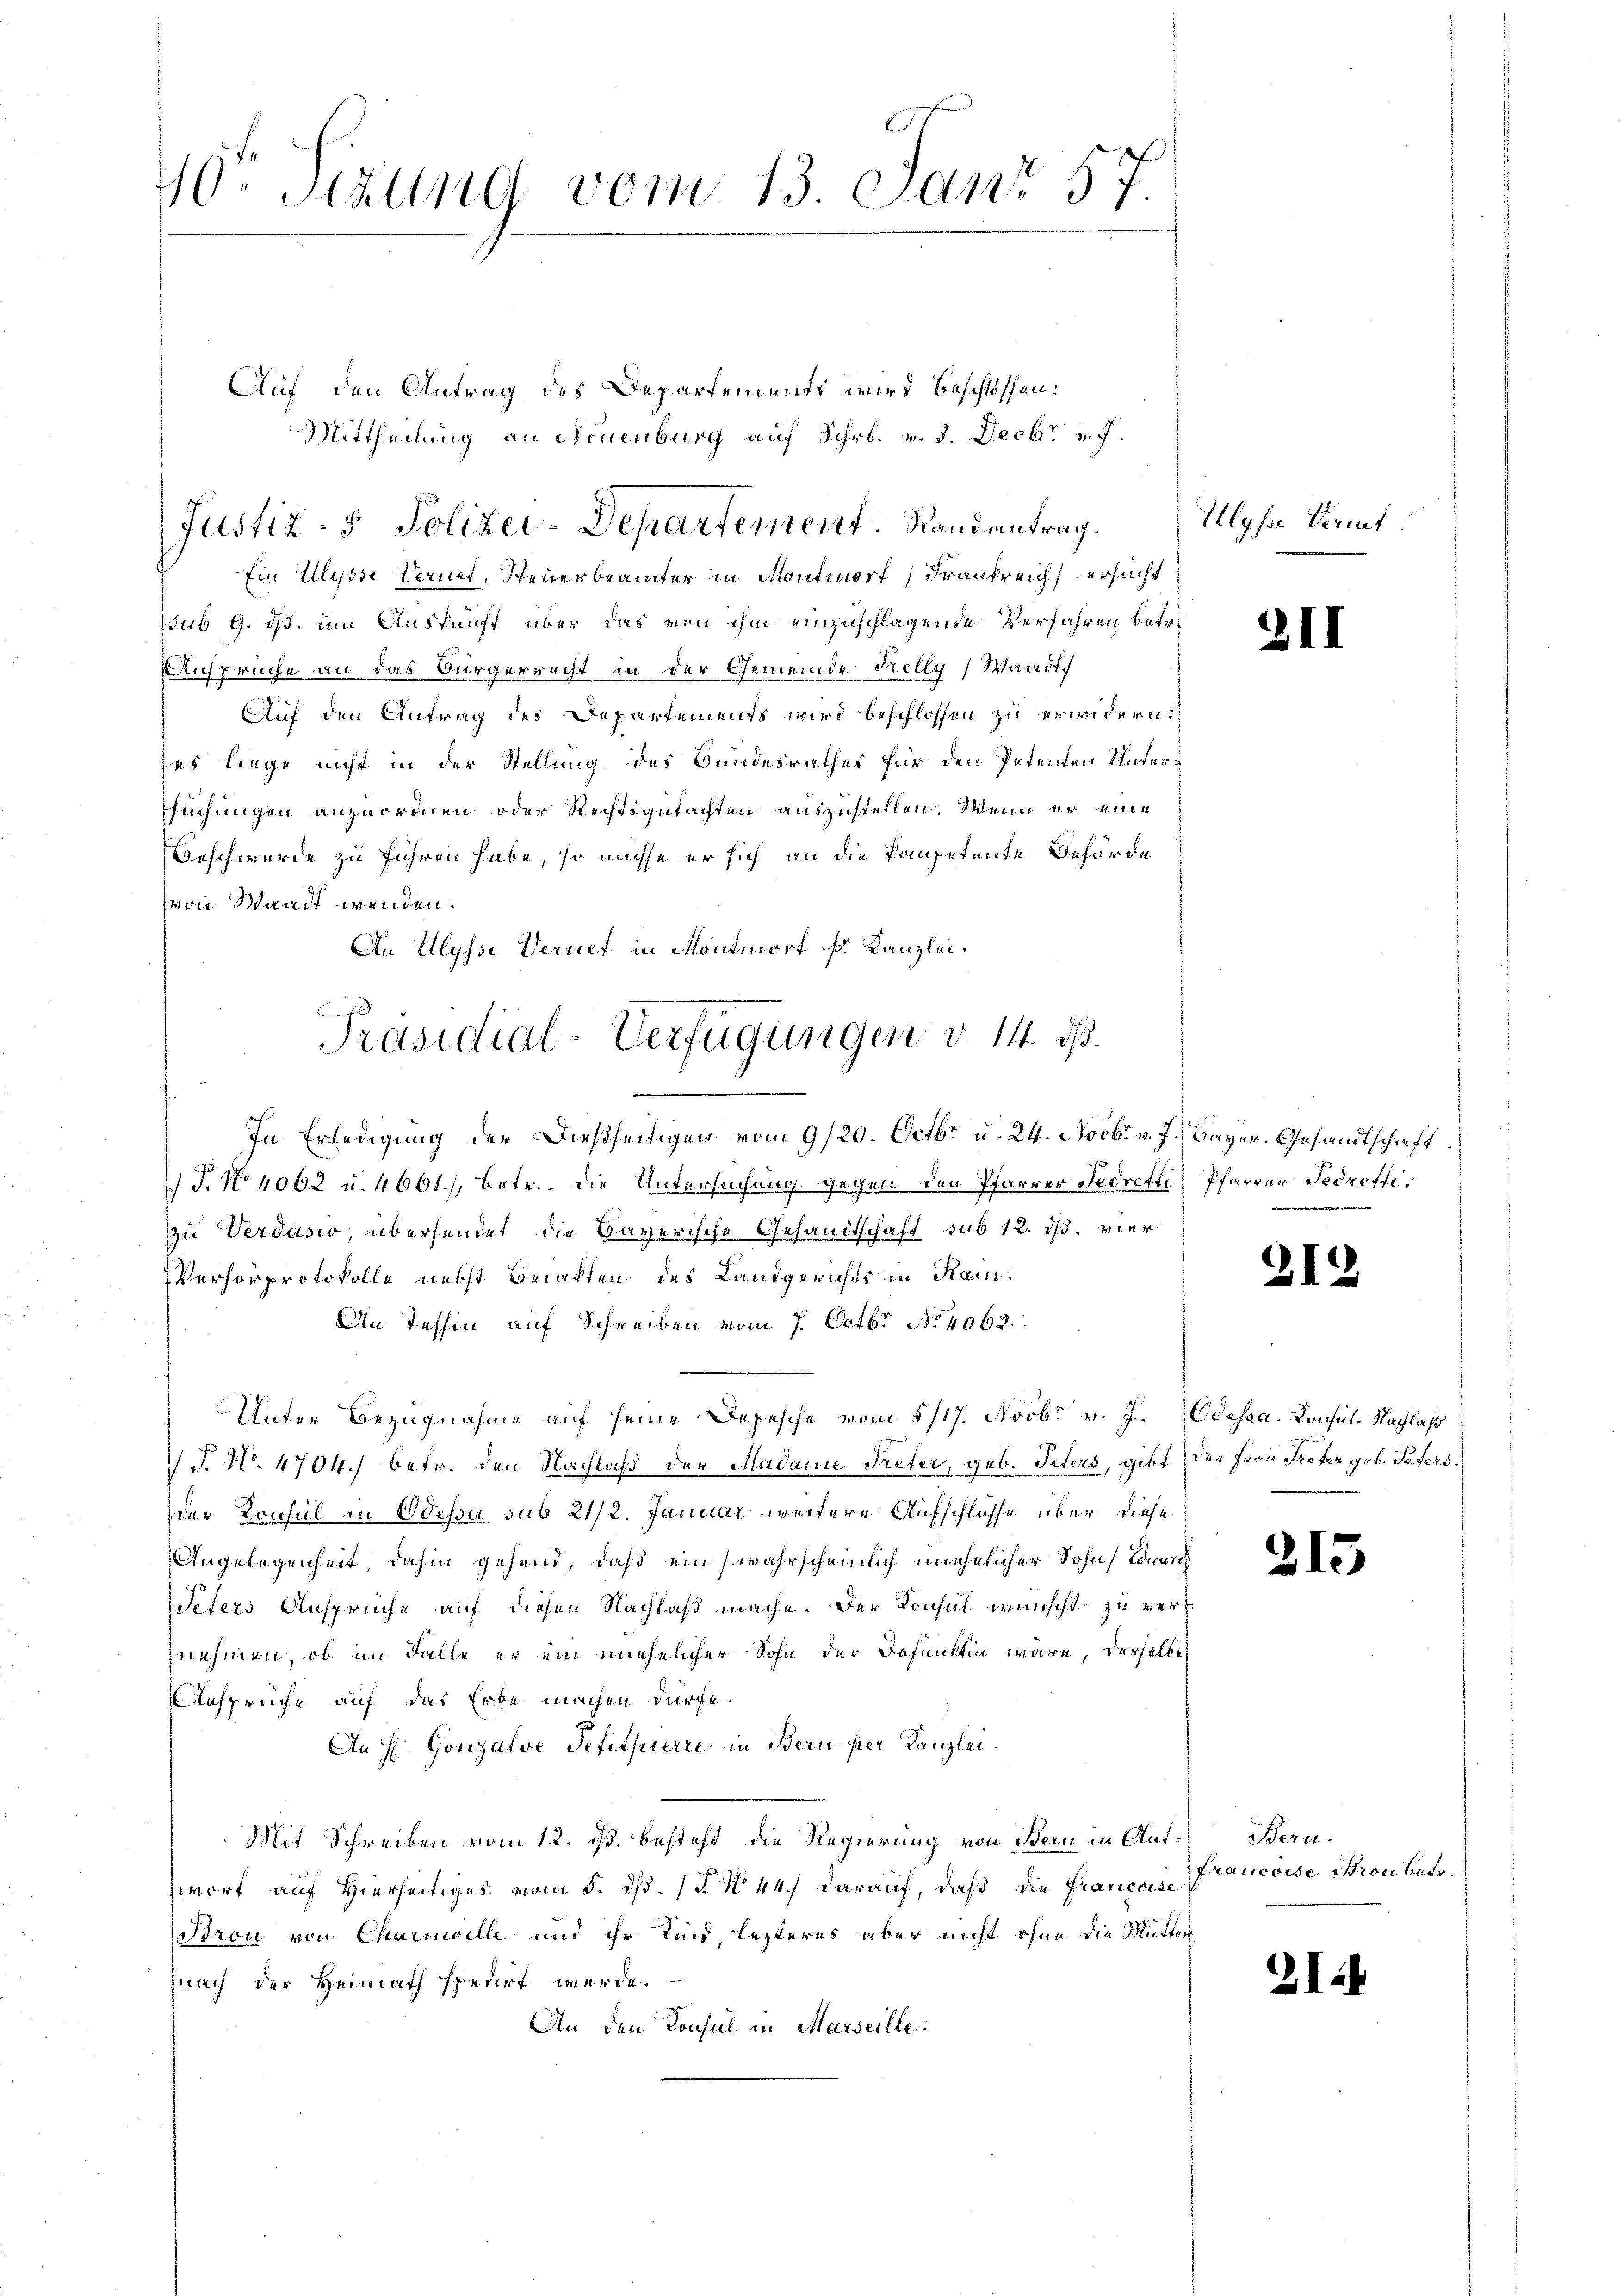
10. Sizung vom 13. Janr 57.

Auf den Antrag des Departements wird beschlossen:
Mittheilung an Neuenburg auf Schr. v. 3. Decbr v. J.
Justiz- & Polizei-Departement. Randantrag.

Ein Ulysse Vernet, Steuerbeamter in Montmorf) Frankreich ersucht
sub 9. ds. um Auskunft über das von ihm einzuschlagende Verfahren betre
Ansprüche an das Bürgerrecht in der Gemeinde Nelly, Waadt.
Auf den Antrag des Departements wird beschlossen zu erwidern:
ses liege nicht in der Stellung des Bundesrathes für den Petenten Untersuchungen anzuormen oder Rechtsgutachten auszustellen. Wenn er eine
Beschwerde zu führen habe, so müsse er sich an die kompetente Behörde
von Waadt wenden.
An Ulysse Vernet in Montmort Fr. Kanzlei,
In Erledigung der dießseitigen vom 9/20. Octbr. u. 24. Novb. v. J. Bayer. Gesandtschaft
 J. No 4062 u. 4661), Betr. die Untersuchung gegen den Pfarrer Fedretti, Pfarrer Fedretti,
zu Verdasiv, übersendet die Bayerische Gesandtschaft sub 12. ds. vier
Verhörprotokolle nebst Belasten des Landgerichts in Kam¬
An Tessin auf Schreiben vom 7. Octbr. No 4062.
Unter Bezugnahme auf seine Depesche vom 5/17. Novbr. v. J. Odessa. Konsul. Nachlaß
1 J. No. 4704. betr. den Nachlaß der Madame Treter, geb. Peters, gibt der Frau Treter geb. Peters.
der Konsul in Odessa sub 21/2. Januar weitere Aufschlüsse über diese
Angelegenheit, dahin gehend, daß ein (wahrscheinlich unehelicher Sohn, Tonarch
Peters Ansprüche auf diesen Nachlaß mache. Der Konsul wünscht zu vernehmen, ob im Falle er ein unehelicher Sohn der defunkten wäre, derselbe
Ansprüche auf das Erbe machen dürfe.
An H. Gonzalve Petitherre in Bern per Kanzlei.
Mit Schreiben vom 12. ds. besteht die Regierung von Bern in Aufwort auf Hierseitiges vom 5. dß. (§ No 44 darauf, daß die Francoise
Bron von Charinelle und ihr Kind lezteres aber nicht ohne die Mutter
nach der Heimath spedirt werde.
An den Konsul in Marseille.

Präsidial-Verfügungen v. 14. ds.
u

Ulysse Vermut

3II

2I

315

Bern.
Francoise Bron betr.

212